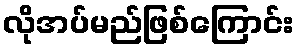
လိုအပ်မည်ဖြစ်ကြောင်း